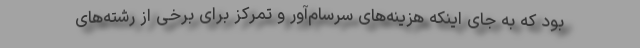
بود که به جای اینکه هزینه‌های سرسام‌آور و تمرکز برای برخی از رشته‌های